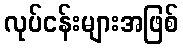
လုပ်ငန်းများအဖြစ်